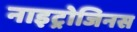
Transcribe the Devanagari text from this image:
नाइट्रोजिनस